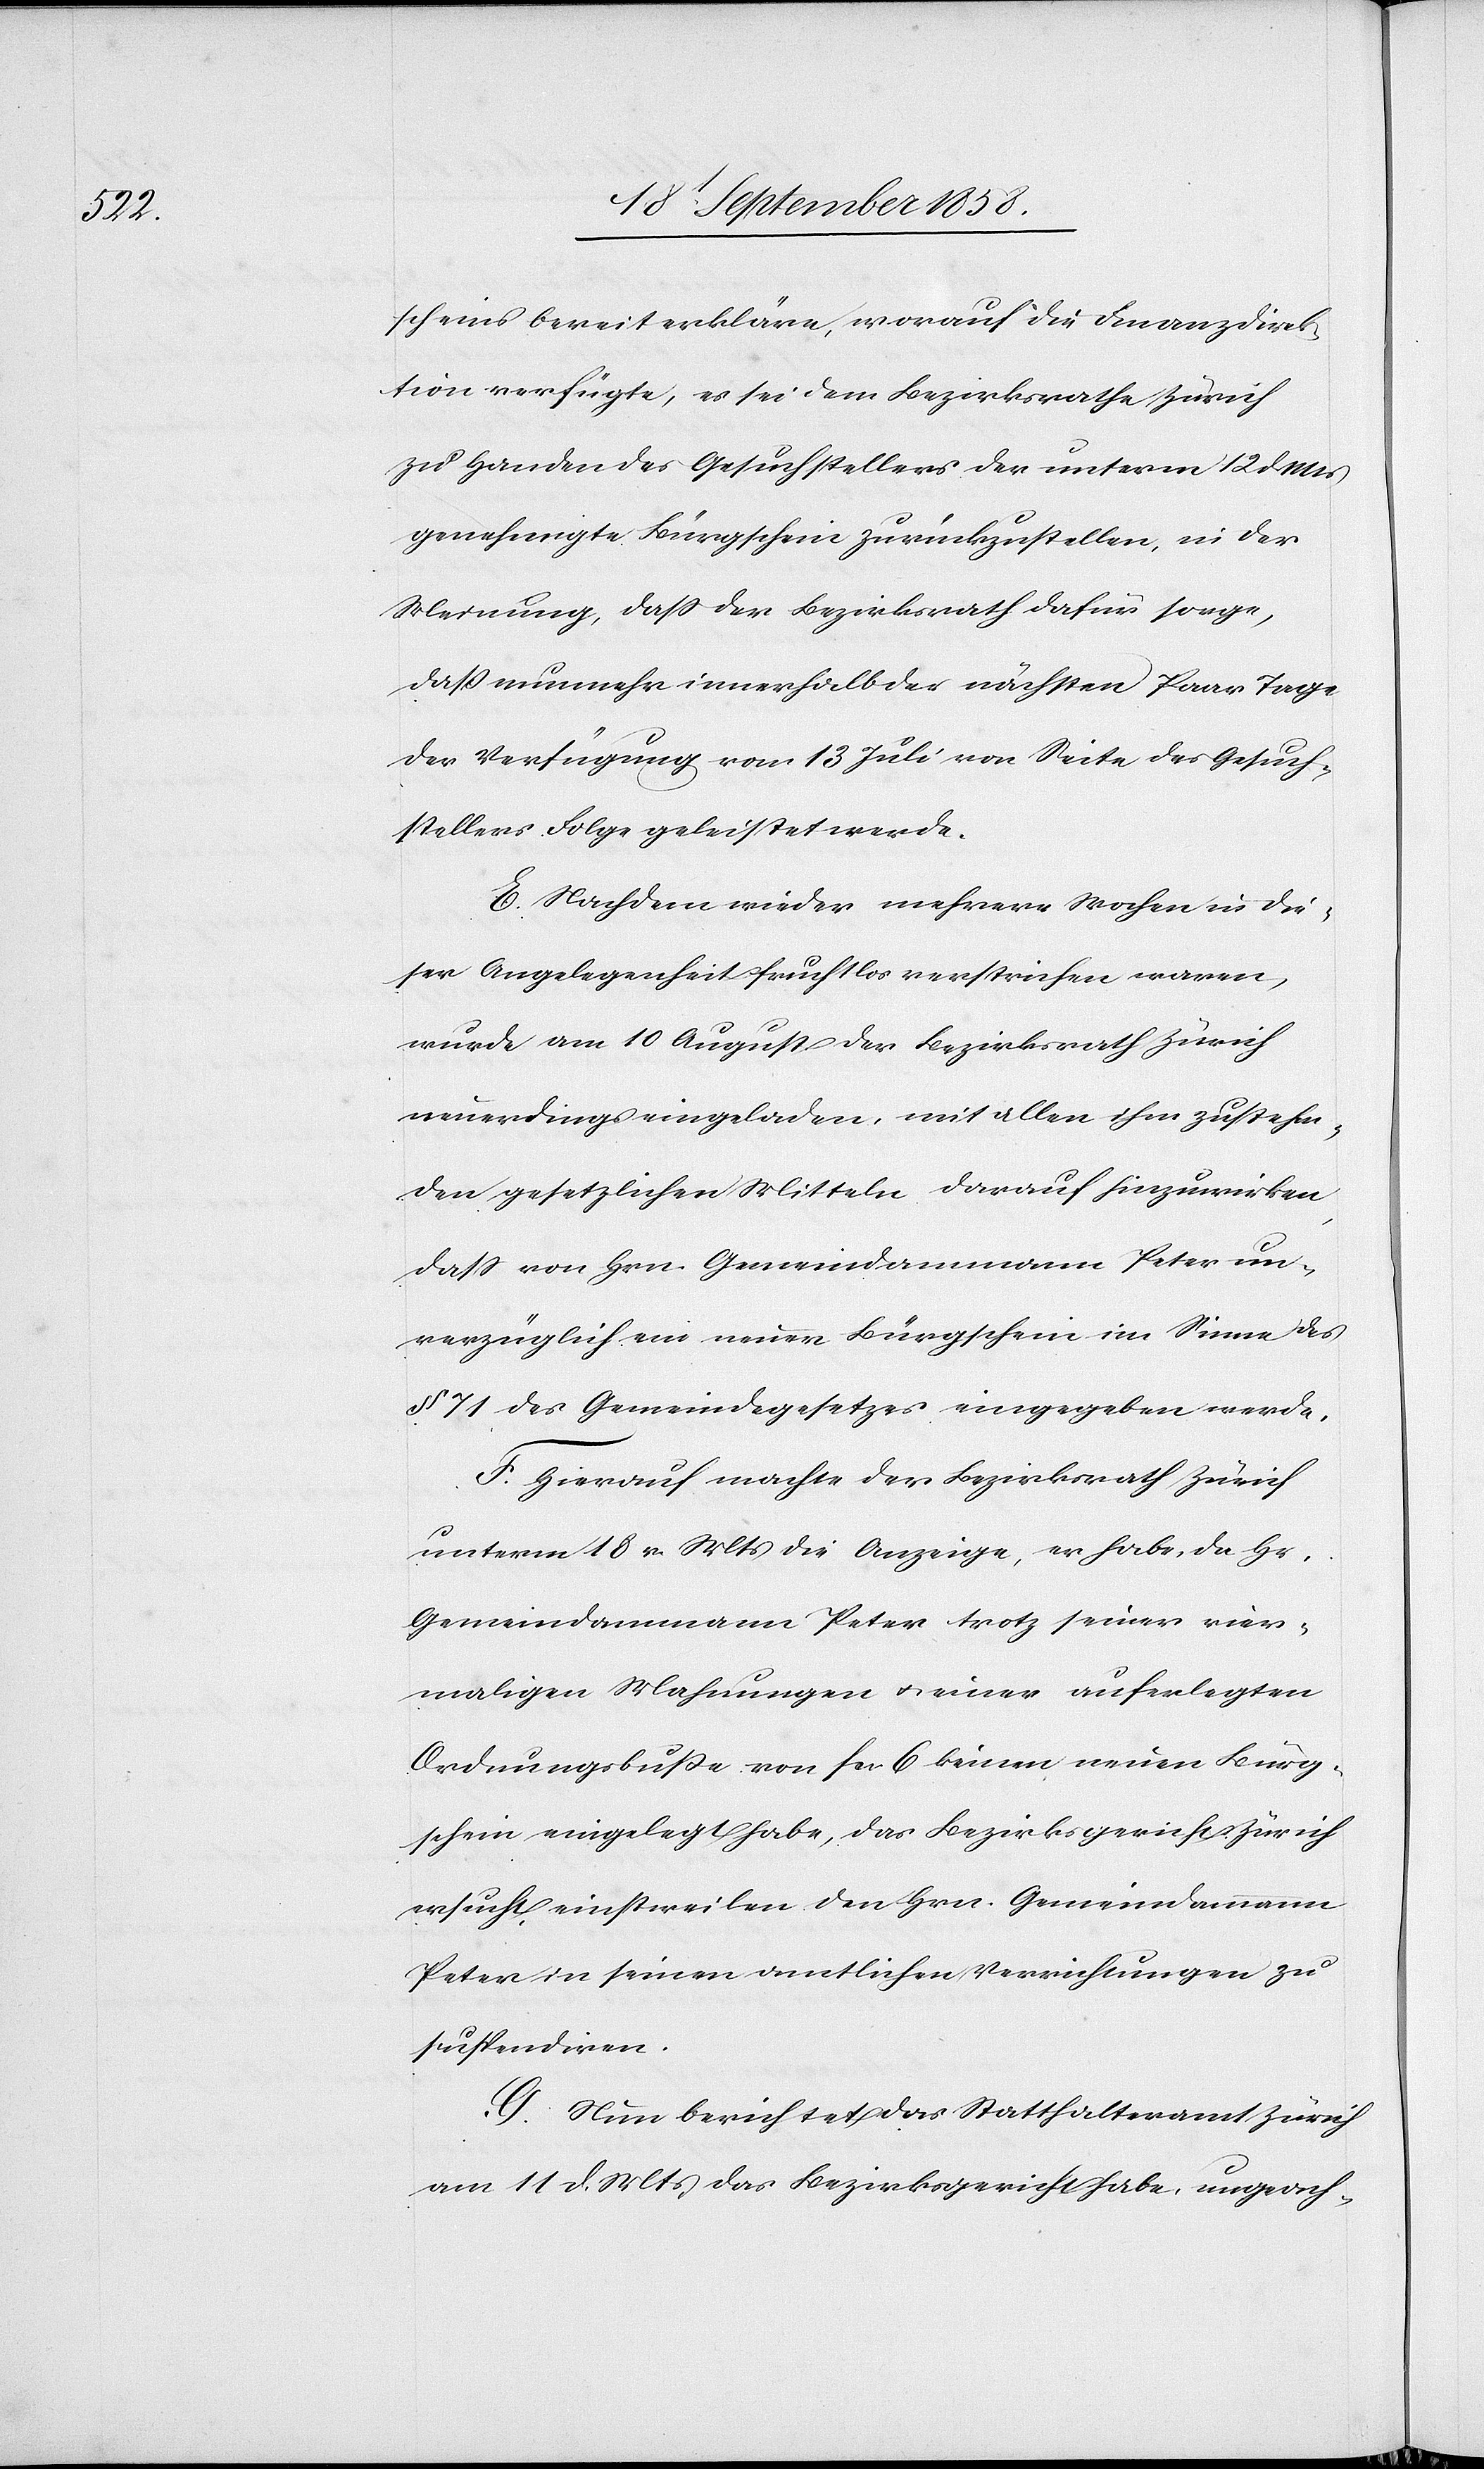
scheins bereit erkläre, worauf die Finanzdirek¬
tion verfügte, es sei dem Bezirksrathe Zürich
zu Handen des Gesuchstellers der unterm 12 d. Mts
genehmigte Bürgschein zurückzustellen, in der
Meinung, dass der Bezirksrath dafür sorge,
daß nunmehr innerhalb der nächsten Paar Tage
der Verfügung vom 13 Juli von Seite des Gesuch¬
stellers Folge geleistet werde.
E. Nachdem wieder mehrere Wochen in die¬
ser Angelegenheit fruchtlos verstrichen waren,
wurde am 10 August der Bezirksrath Zürich
neuerdings eingeladen, mit allen ihm zustehen¬
den gesetzlichen Mitteln darauf hinzuwirken,
dass von Hrn. Gemeindammann Peter un¬
verzüglich ein neuer Bürgschein im Sinne des
§ 71 des Gemeindegesetzes eingegeben werde.
F. Hierauf machte der Bezirksrath Zürich
unterm 18 v. Mts die Anzeige, er habe, da Hr.
Gemeindammann Peter trotz seiner vier¬
maligen Mahnungen & einer auferlegten
Ordnungsbuße von fcs. 6 keinen neuen Bürg¬
schein eingelegt habe, das Bezirksgericht Zürich
ersucht, einstweilen den Hrn. Gemeindammann
Peter in seinen amtlichen Verrichtungen zu
suspendiren.
G. Nun berichtet das Statthalteramt Zürich
am 11 d. Mts, das Bezirksgericht habe, ungeach-